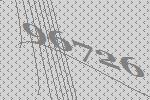
96726